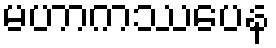
မဟာကဿပေန